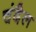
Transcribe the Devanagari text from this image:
चंदैल